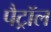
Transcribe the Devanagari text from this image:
पैट्रॉल